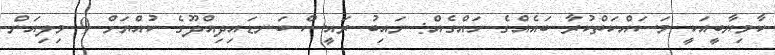
ކާމިޔާބީއަކީ މަސައްކަތްކުރާ ބައެއްގެ ހައްގެއް: ނައިބު ރައީސް ބަނޑައިދިއްދޫގެ ކުއްޔަށް 9 މިލިއަން